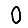
Digit: 0